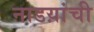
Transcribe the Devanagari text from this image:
नाडय़ांची